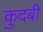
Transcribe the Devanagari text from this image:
कुदबी